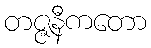
တဇ္ဇနီကတော